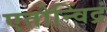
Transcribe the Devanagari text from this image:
एतोन्विंद्रं